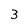
Character: 3